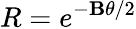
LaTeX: R=e^{-\mathbf{B}\theta/2}